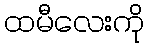
ထမီလေးကို